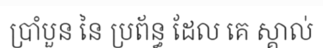
ប្រាំបួន នៃ ប្រព័ន្ធ ដែល គេ ស្គាល់